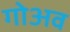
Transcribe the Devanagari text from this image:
गोअव